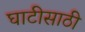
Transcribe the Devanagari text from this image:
घाटीसाठी